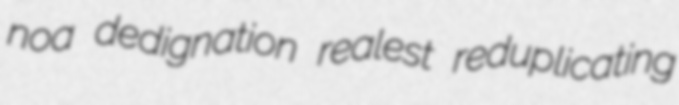
noa dedignation realest reduplicating